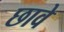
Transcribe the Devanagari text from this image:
छावे